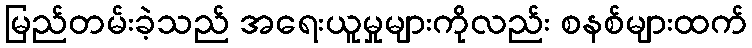
မြည်တမ်းခဲ့သည် အရေးယူမှုများကိုလည်း စနစ်များထက်